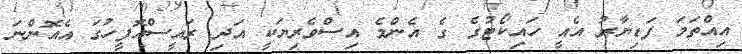
އިއްތަމަ ފަޑިޔާރު އެއީ ހައިކޯޓުގެ ގެ އެންމެ އިސްވެރިޔަކީ އަދި ރައީސްއޮފީހުގަ އެއޮންނަ